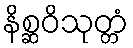
နိစ္ဆဝိသုတ္တံ